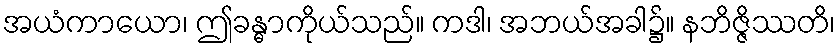
အယံကာယော၊ ဤခန္ဓာကိုယ်သည်။ ကဒါ၊ အဘယ်အခါ၌။ နဘိဇ္ဇိဿတိ၊